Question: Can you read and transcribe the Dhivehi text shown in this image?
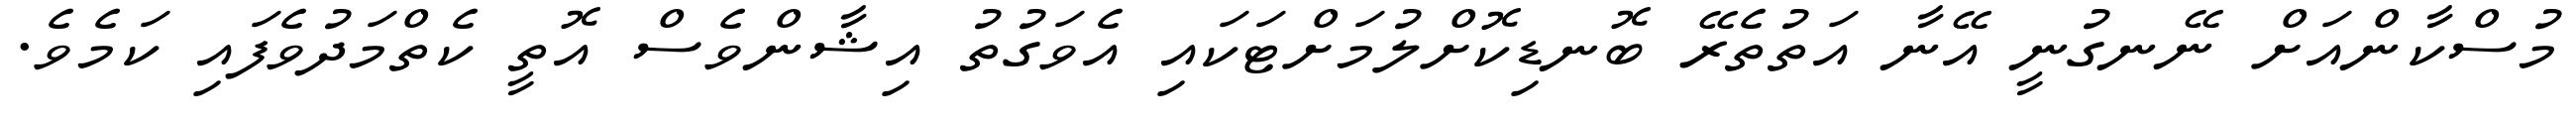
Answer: މުސްކާންއަށް ނޭނގުނީ އޭނާ އަތުތެރޭ ބޮނޑިކޮށްލުމަށްޓަކައި އެވަގުތު އިޝާންވެސް އޮތީ ކެތްމަދުވެފައި ކަމެވެ.